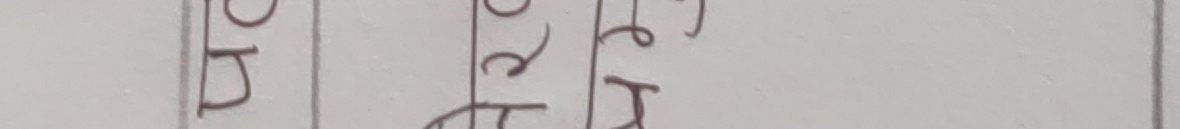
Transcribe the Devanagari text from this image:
जेर